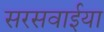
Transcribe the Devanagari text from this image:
सरसवाईया